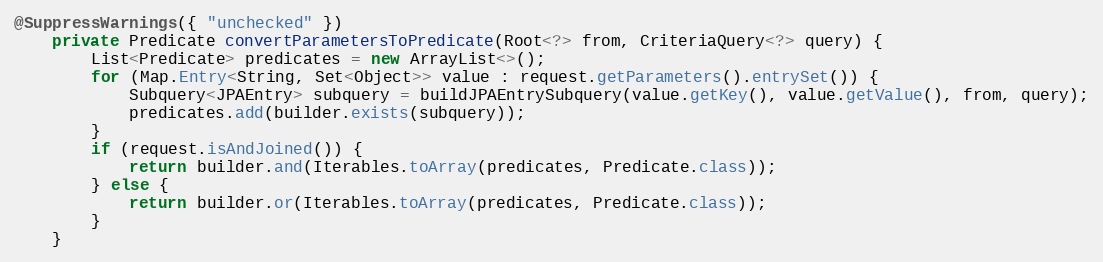
Language: Java
@SuppressWarnings({ "unchecked" })
    private Predicate convertParametersToPredicate(Root<?> from, CriteriaQuery<?> query) {
        List<Predicate> predicates = new ArrayList<>();
        for (Map.Entry<String, Set<Object>> value : request.getParameters().entrySet()) {
            Subquery<JPAEntry> subquery = buildJPAEntrySubquery(value.getKey(), value.getValue(), from, query);
            predicates.add(builder.exists(subquery));
        }
        if (request.isAndJoined()) {
            return builder.and(Iterables.toArray(predicates, Predicate.class));
        } else {
            return builder.or(Iterables.toArray(predicates, Predicate.class));
        }
    }